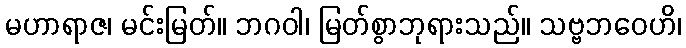
မဟာရာဇ၊ မင်းမြတ်။ ဘဂဝါ၊ မြတ်စွာဘုရားသည်။ သဗ္ဗဘဝေဟိ၊